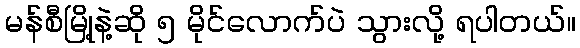
မန်စီမြို့နဲ့ဆို ၅ မိုင်လောက်ပဲ သွားလို့ ရပါတယ်။